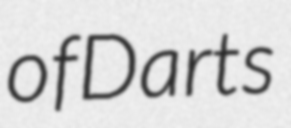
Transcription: of Darts